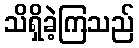
သိရှိခဲ့ကြသည်